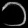
Digit: ၁